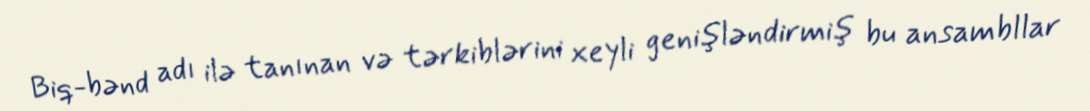
Biq-bənd adı ilə tanınan və tərkiblərini xeyli genişləndirmiş bu ansambllar